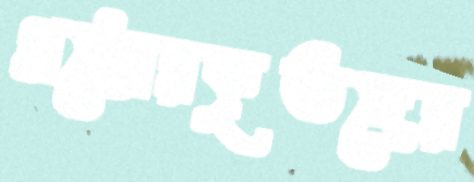
গ্রপ্তোরকৃতদের